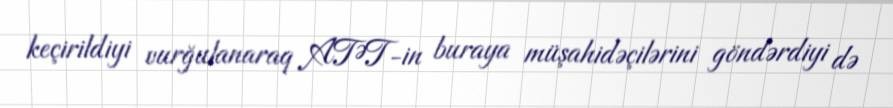
keçirildiyi vurğulanaraq ATƏT-in buraya müşahidəçilərini göndərdiyi də